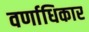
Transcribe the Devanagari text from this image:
वर्णाधिकार